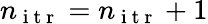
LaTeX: n_{\mathrm{~i~t~r~}}=n_{\mathrm{~i~t~r~}}+1